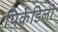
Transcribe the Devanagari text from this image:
पिकेडिली